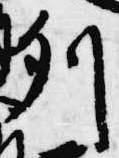
列